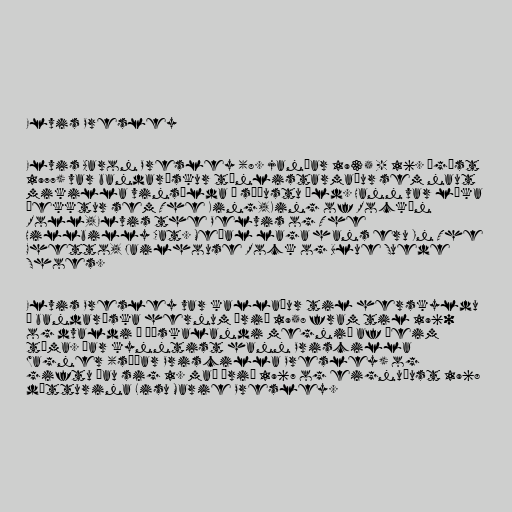
Elvis Presley

Elvis Aaron Presley (8. janúar 1935 - 16. ágúst
1977) var bandarískur tónlistarmaður sem naut
mikilla vinsælda á síðustu öld. Hann var líka
þekktur sem The King,King of Rock'n
Roll,Elvis the Pelvis og The
Hillbilly Cat. Meðal laga hans eru In The
Ghetto, Jailhouse Rock og Blue Suede
Shoes.

Elvis Presley var kallaður til herskyldu
í bandaríska hernum árið 1958 fram til 1960
og dvaldi í Þýskalandi megnið af þeim
tíma. Þar kynntist hann Priscilla
Wagner (síðar Priscilla Presley) og
giftu þau sig 1. maí árið 1967 og eignuðust 1968
dótturina Lisu Marie Presley.